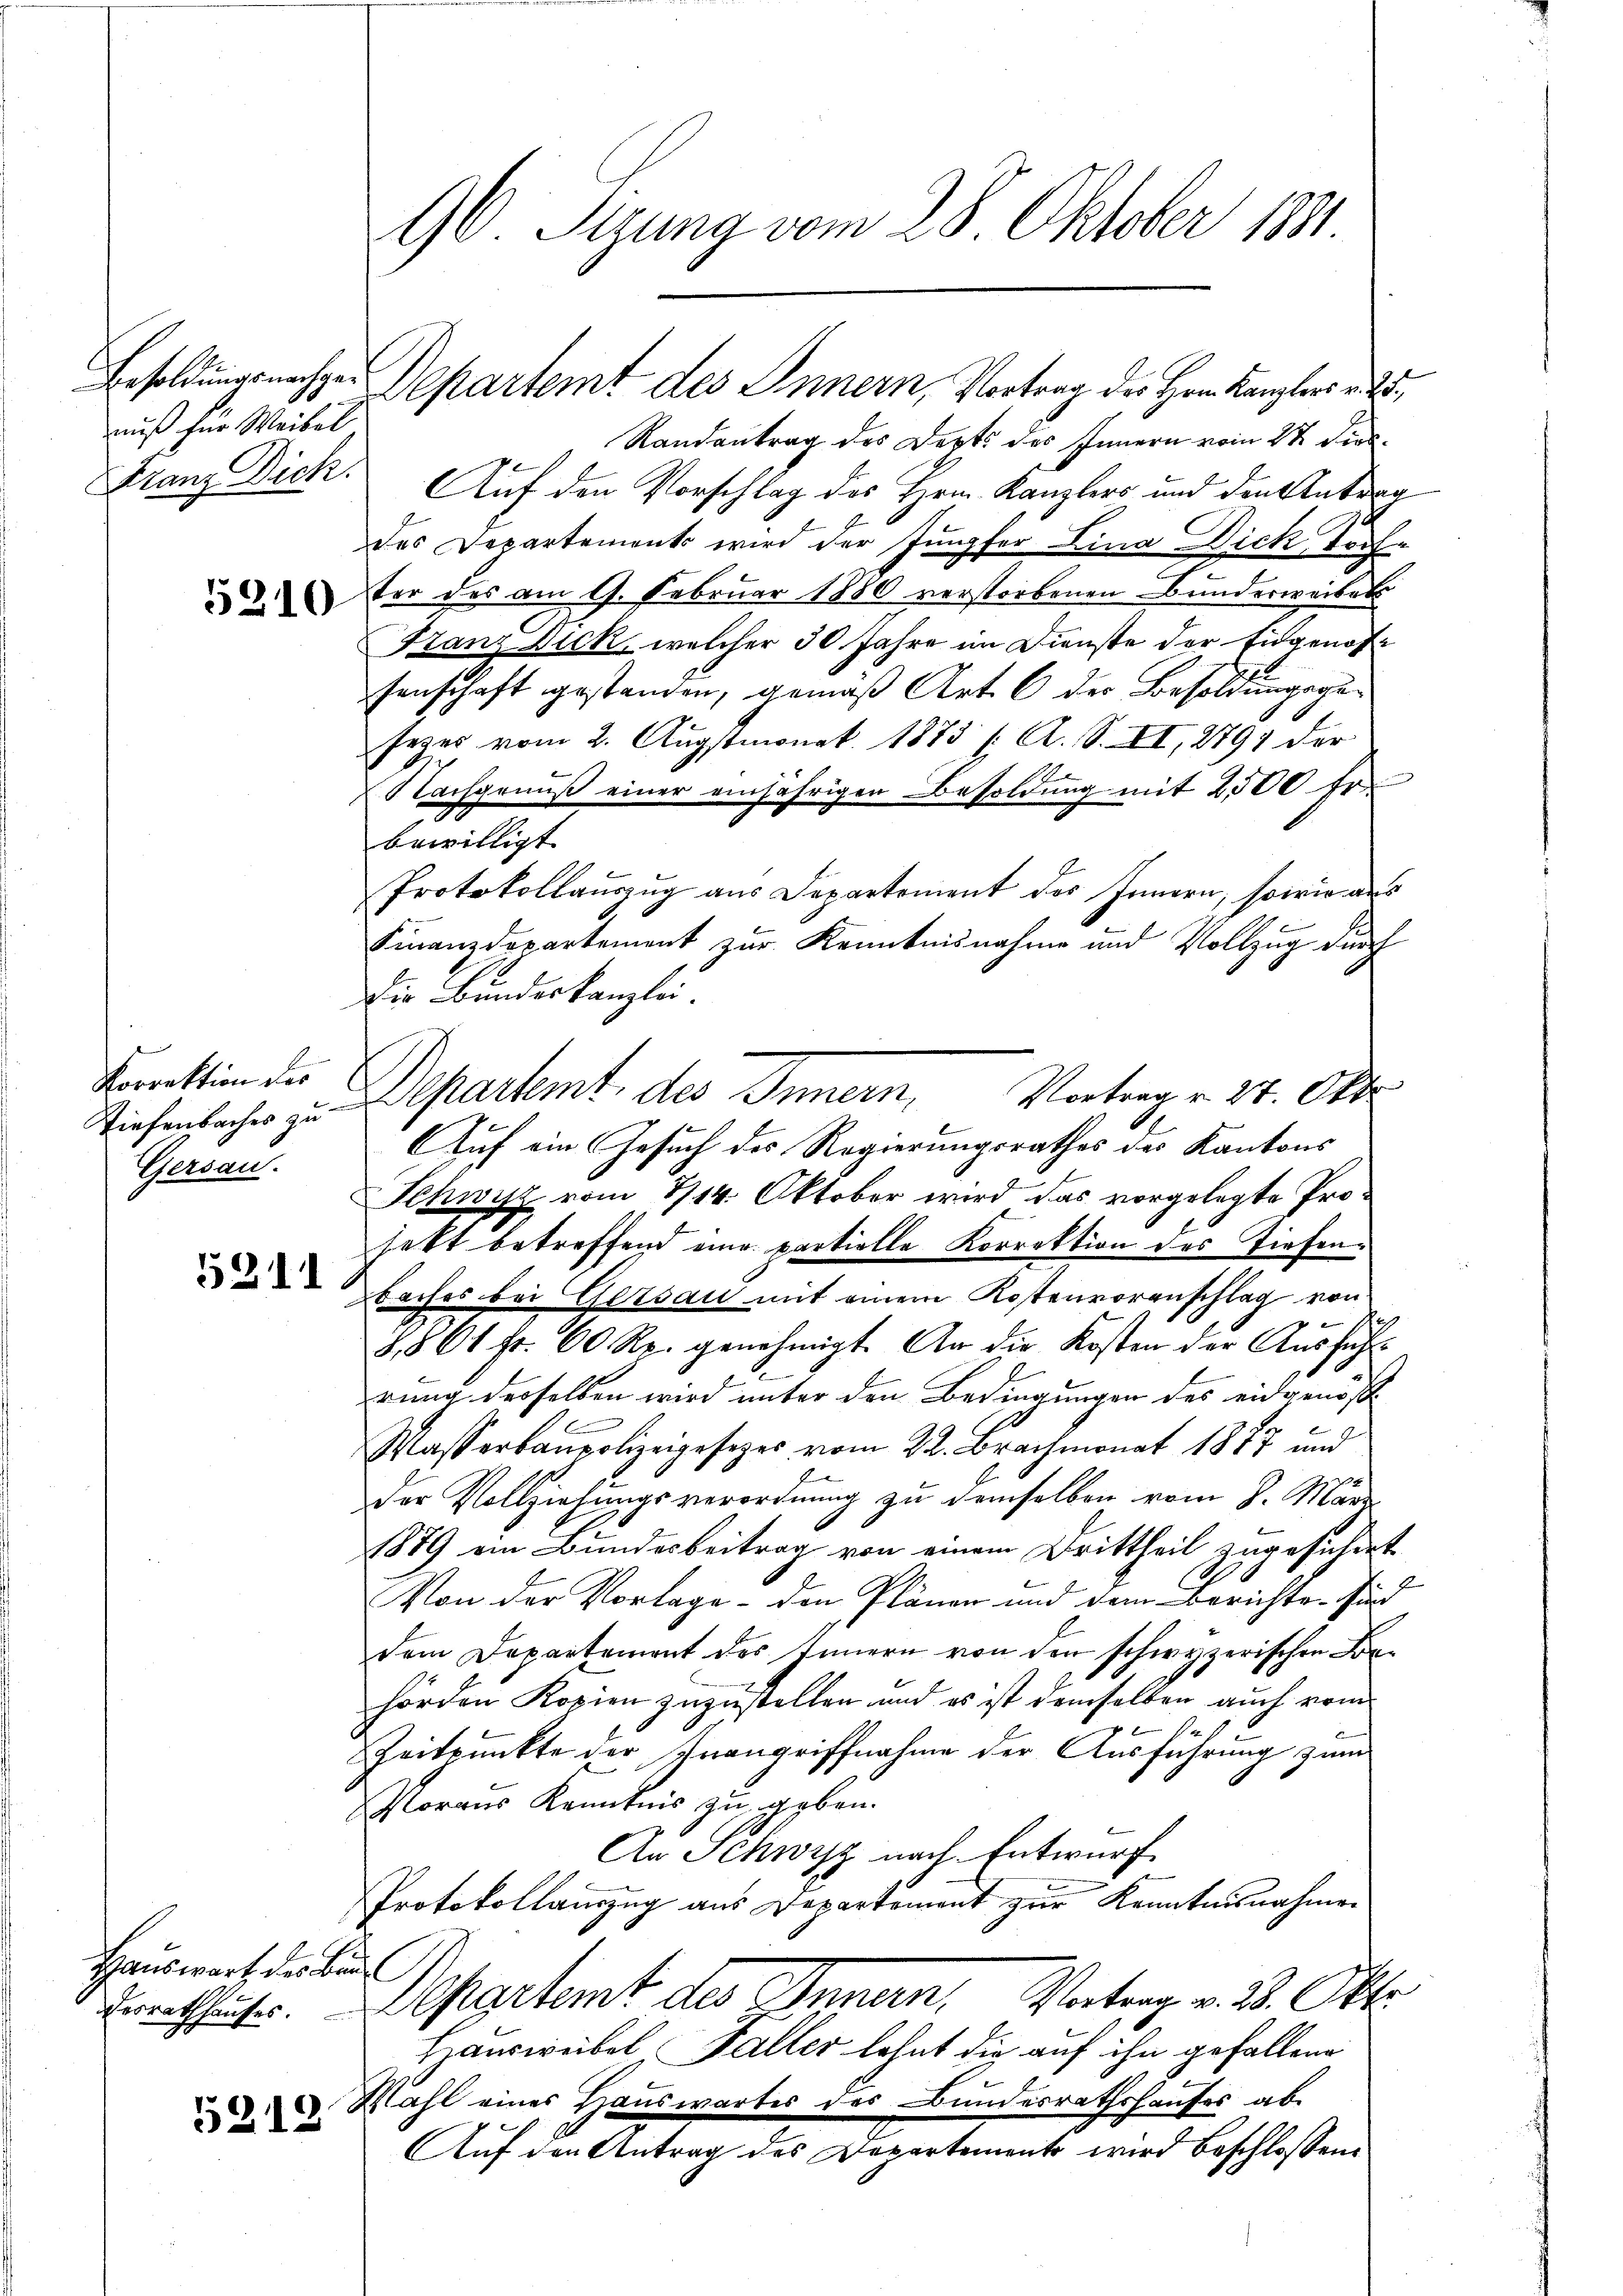
nuß für Weibel

5310

Korrektion des
Gersau.

5311

Hauswart des Bau
desrathhauses.

5218

Randantrag des Depts des Innern vom 22 dies
Franz Dick. Auf den Vorschlag des Hrn. Kanzlers und den Antra
des Departement wird der Jungfer Lina Dick Torfter des am 9. Februar 1880 verstorbenen Bunderweisels
Franz Wick, welcher 30 Jahre im Dienste der Eidgenossenschaft gestanden, gemäß Art. 6 der Besoldungsgesezes vom 2. Augstmonat 1873 (A. S. II, 2797 der
Nachgenuß einer einjährigen Besoldung mit 2500 fr.
bewilligt.
Protokollauszug aus Departement des Innern, sowie aus
Finanzdepartement zur Kenntnisnahme und Vollzug durch
Die Bundeskanzlei.
Ziehenbacher zu Departemt, des Innern, Vortrag 24. Okt
Auf ein Gesuch des Regierungsrathes des Kantons
Schwyz vom 8/14. Oktober wird das vorgelegte Profekt betreffend eine partielle Korrektion des Tiefenbaches bei Gersau mit einem Kostenvoranschlag von
Res
§861 ff. 60 Rp. genehmigt. An die Kosten der Aŭsfüh-
rung derselben wird unter den Bedingungen des eidgenöß
b
Wasserbaupolizeigesezes vom 22. Brachmonat 1877 und
der Vollziehungsverordnung zu demselben vom 8. März
1879 ein Bundesbeitrag von einem Drittheil zugesichert
Von der Vorlage - den Plänen und dem Berichte sind
dem Departement des Innern von den schwyzerischen Dophörden Kopien zuzustellen und es ist demselben auch vom
b
s
Zeitpunkte der Inangriffnahme der Ausführung zum
Voraus Kenntnis zu geben.
An Schwyz nach Entwurf
Protokollauszug aus Departement zur Kenntnisnahmen
Departent des Innern, Vortrag v. 3. Okto
Hausweibel Faller lohnt die auf ihn gefallene
Mahl eines Hauswartes des Bundesrathshauses ab
Auf den Antrag des Departement wird beschlossene

96 Sizung vom 28. Oktober 1891

Besoldungsnachge Departemt des Innern, Vortrag der Herr Kanzlers v. 235,